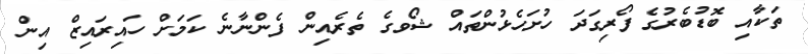
ތަކާއި ބޮޑުބެރުގެ ފޯރިގަދަ ހުށަހެޅުންތައް ޝޯވގެ ތެރެއިން ފެންނާނެ ކަމަށް ހައިރައިޒް އިން